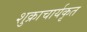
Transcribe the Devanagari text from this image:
शुक्राचार्यकृत